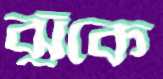
ঝুঁকে